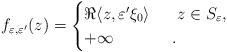
LaTeX: \begin{align*}f_{\varepsilon,\varepsilon'}(z)=\begin{cases} \Re \langle z, \varepsilon'\xi_0 \rangle \,\, &\,\, z \in S_{\varepsilon}, \\ +\infty \,\, &. \end{cases}\end{align*}